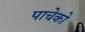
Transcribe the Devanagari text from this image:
पाचेको